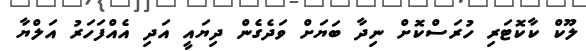
ލޫކް ކާކޮޓަރި ހުރަސްކޮށް ނިދާ ބަޔަށް ވަދެގެން ދިޔައީ އަދި އެއްފަހަރު އަލްޔާ